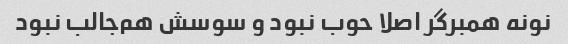
نونه همبرگر اصلا حوب نبود و سوسش هم‌جالب نبود